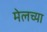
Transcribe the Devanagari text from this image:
मेलच्या